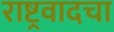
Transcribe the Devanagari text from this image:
राष्ट्रवादचा